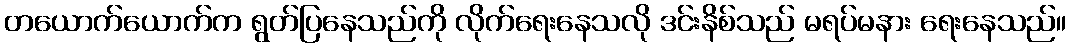
တယောက်ယောက်က ရွတ်ပြနေသည်ကို လိုက်ရေးနေသလို ဒင်းနိစ်သည် မရပ်မနား ရေးနေသည်။